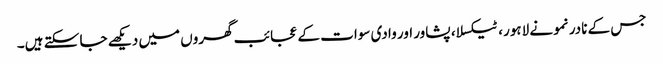
جس کے نادر نمونے لاہور، ٹیکسلا، پشاور اور وادی سوات کے عجائب گھروں میں دیکھے جا سکتے ہیں۔